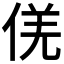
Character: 𠊡